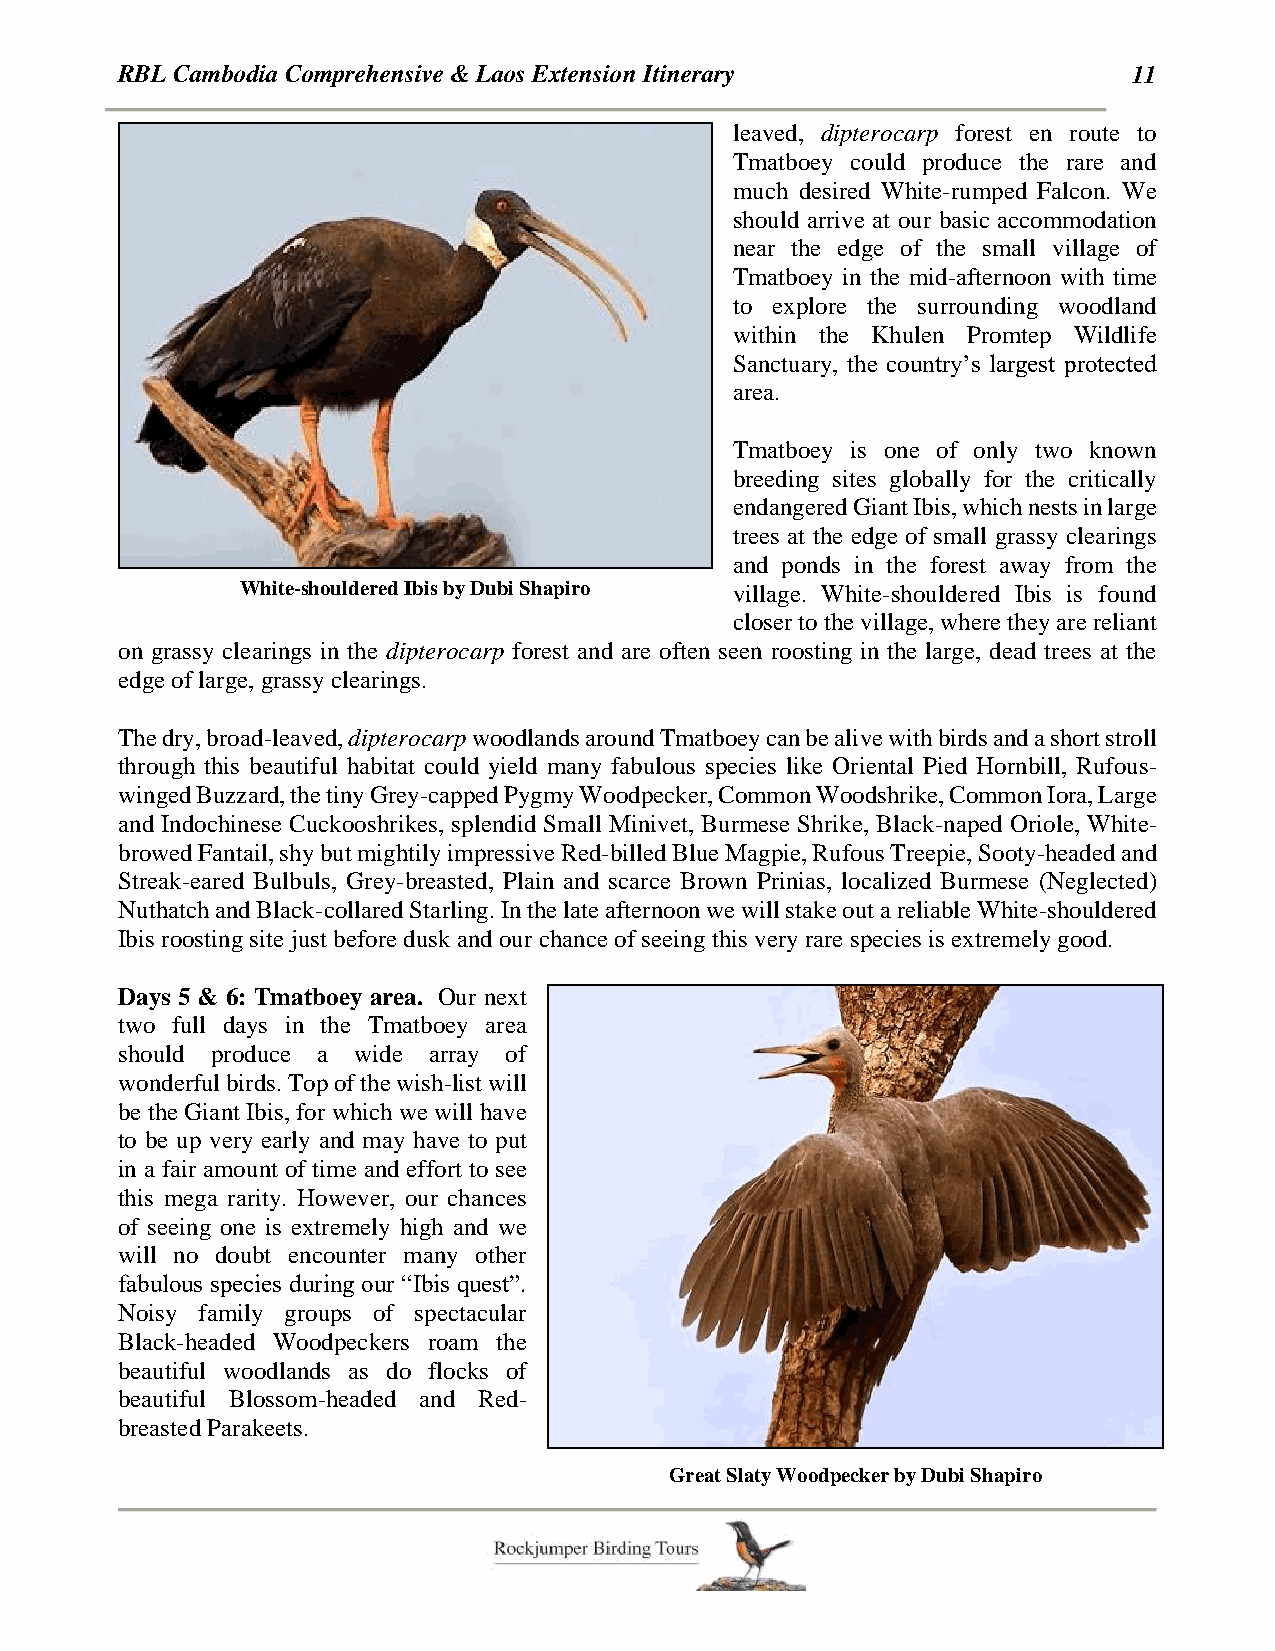
RBL Cambodia Comprehensive & Laos Extension Itinerary              11
 leaved, dipterocarp forest en route to
 Tmatboey could produce the rare and
 much desired White-rumped Falcon. We
 should arrive at our basic accommodation
 near the edge of the small village of
 Tmatboey in the mid-afternoon with time
 to explore the surrounding woodland
 within the Khulen Promtep Wildlife
 Sanctuary, the country’s largest protected
 area.
 Tmatboey is one of only two known
 breeding sites globally for the critically
 endangered Giant Ibis, which nests in large
 trees at the edge of small grassy clearings
 and ponds in the forest away from the
 White-shouldered Ibis by Dubi Shapiro village. White-shouldered Ibis is found
 closer to the village, where they are reliant
 on grassy clearings in the dipterocarp forest and are often seen roosting in the large, dead trees at the
 edge of large, grassy clearings.
 The dry, broad-leaved, dipterocarp woodlands around Tmatboey can be alive with birds and a short stroll
 through this beautiful habitat could yield many fabulous species like Oriental Pied Hornbill, Rufous-
 winged Buzzard, the tiny Grey-capped Pygmy Woodpecker, Common Woodshrike, Common Iora, Large
 and Indochinese Cuckooshrikes, splendid Small Minivet, Burmese Shrike, Black-naped Oriole, White-
 browed Fantail, shy but mightily impressive Red-billed Blue Magpie, Rufous Treepie, Sooty-headed and
 Streak-eared Bulbuls, Grey-breasted, Plain and scarce Brown Prinias, localized Burmese (Neglected)
 Nuthatch and Black-collared Starling. In the late afternoon we will stake out a reliable White-shouldered
 Ibis roosting site just before dusk and our chance of seeing this very rare species is extremely good.
 Days 5 & 6: Tmatboey area. Our next
 two full days in the Tmatboey area
 should produce a wide array of
 wonderful birds. Top of the wish-list will
 be the Giant Ibis, for which we will have
 to be up very early and may have to put
 in a fair amount of time and effort to see
 this mega rarity. However, our chances
 of seeing one is extremely high and we
 will no doubt encounter many other
 fabulous species during our “Ibis quest”.
 Noisy family groups of spectacular
 Black-headed Woodpeckers roam the
 beautiful woodlands as do flocks of
 beautiful Blossom-headed and Red-
 breasted Parakeets.
 Great Slaty Woodpecker by Dubi Shapiro